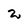
Character: 2